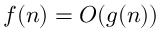
f ( n ) = O ( g ( n ) )